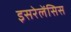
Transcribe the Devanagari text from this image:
इसरेलेंसिस